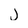
Character: j